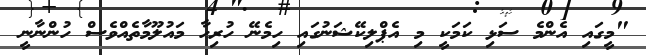
"މީގައި އެންމެ ސަޅި ކަމަކީ މި އެޕްލިކޭޝަނުގައި ހިމެނޭ ހުރިހާ މައުލޫމާތެއްވެސް ހުންނާނީ